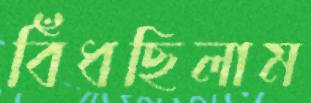
বিঁধছিলাম